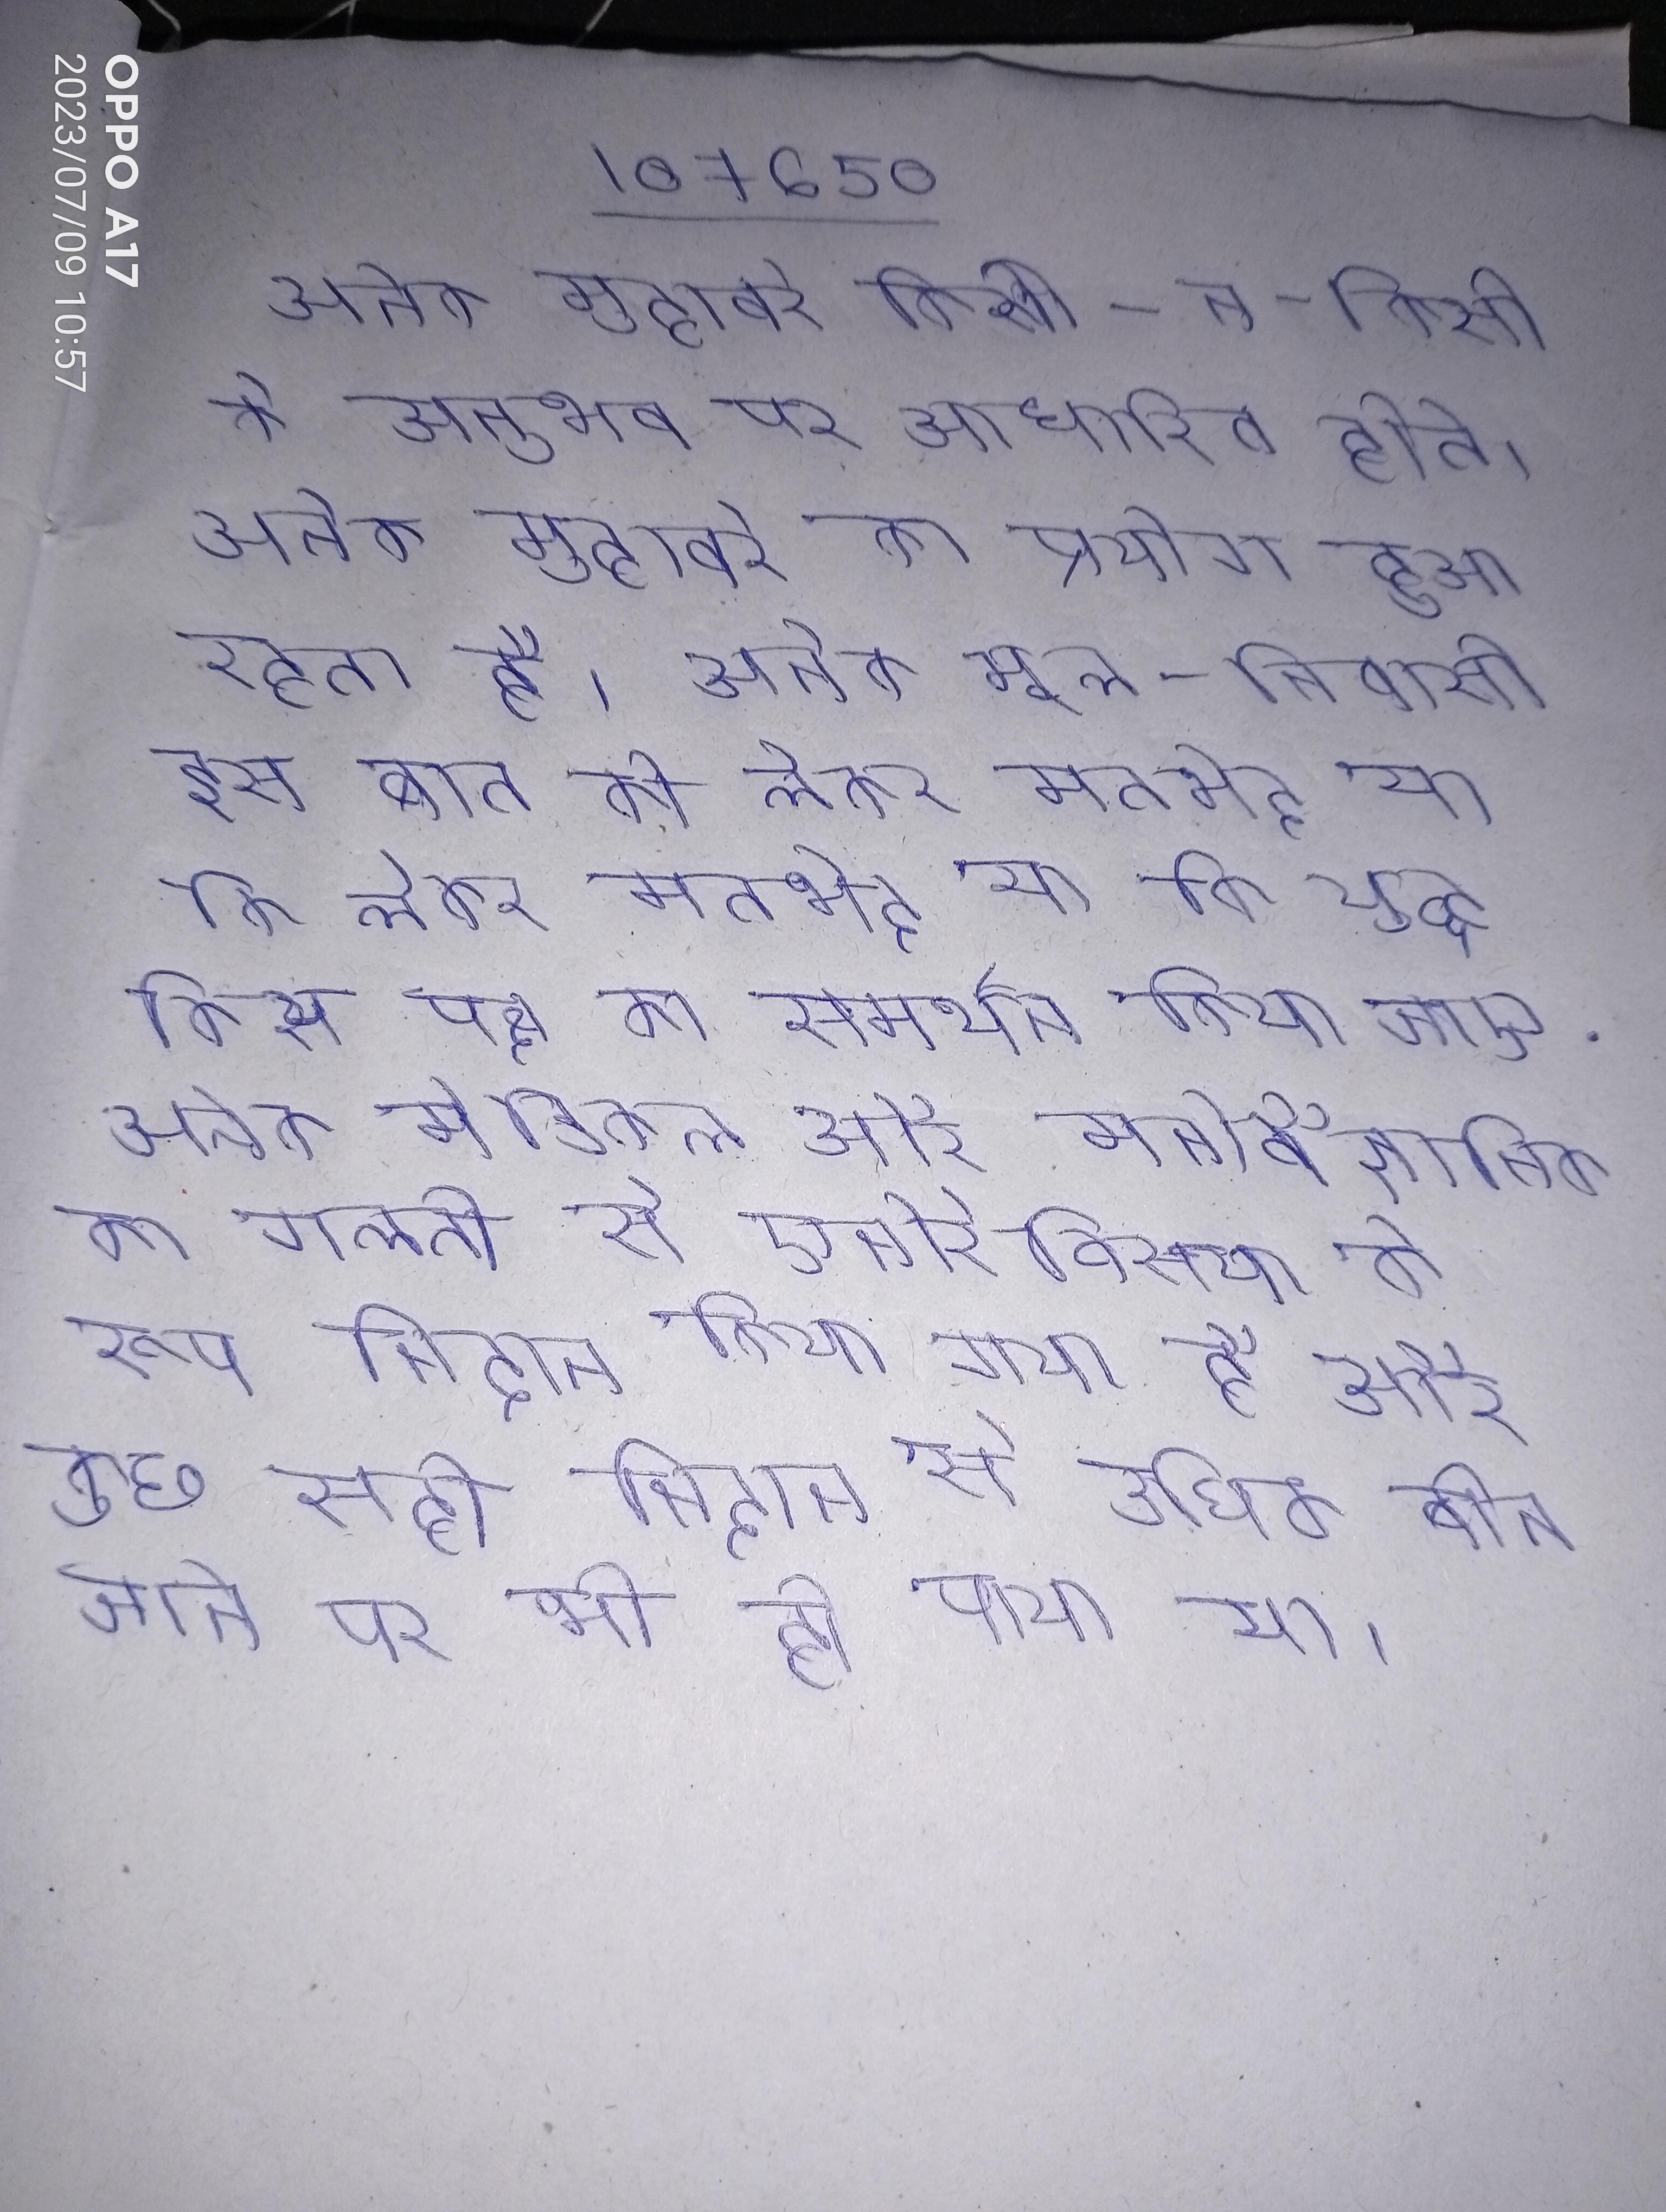
अनेक मुहावरे किसी-न-किसी के अनुभव पर आधारित होते । अनेक मुहावरे का प्रयोग हुआ रहता है । अनेक मूल-निवासी इस बात को लेकर मतभेद था कि युद्ध किस पक्ष का समर्थन किया जाए . अनेक मेडिकल और मनोवैज्ञानिक का गलती से एनोरेक्सिया के रूप निदान किया गया है और कुछ सही निदान से अघिक बीत जाने पर भी हो पाया था ।